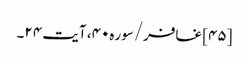
[۴۵] غافر/سوره۴۰، آیت ۲۴۔